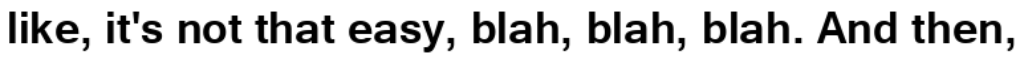
like, it's not that easy, blah, blah, blah. And then,